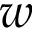
w